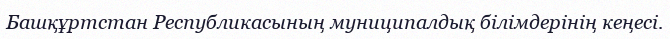
Башқұртстан Республикасының муниципалдық бiлiмдерiнiң кеңесi.